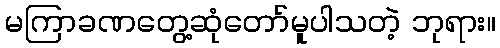
မကြာခဏတွေ့ဆုံတော်မူပါသတဲ့ ဘုရား။